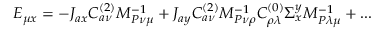
E _ { \mu x } = - J _ { a x } C _ { a \nu } ^ { ( 2 ) } M _ { P \nu \mu } ^ { - 1 } + J _ { a y } C _ { a \nu } ^ { ( 2 ) } M _ { P \nu \rho } ^ { - 1 } C _ { \rho \lambda } ^ { ( 0 ) } \Sigma _ { x } ^ { y } M _ { P \lambda \mu } ^ { - 1 } + . . .